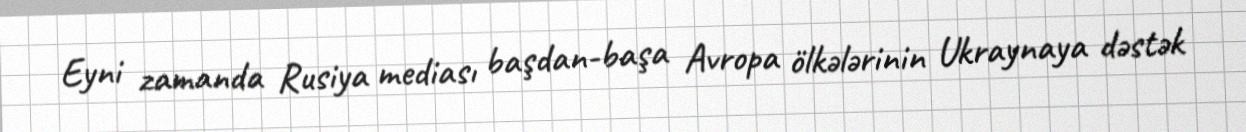
Eyni zamanda Rusiya mediası başdan-başa Avropa ölkələrinin Ukraynaya dəstək